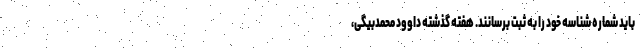
باید شماره شناسه خود را به ثبت برسانند. هفته گذشته داوود محمدبیگی،